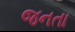
જનતા